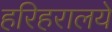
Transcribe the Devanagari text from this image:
हरिहरालये